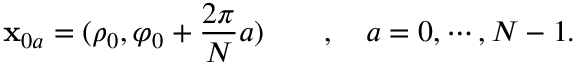
{ \bf x } _ { 0 a } = ( \rho _ { 0 } , \varphi _ { 0 } + \frac { 2 \pi } { N } a ) \qquad , \quad a = 0 , \cdots , N - 1 .